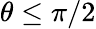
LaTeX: \theta\le\pi/2